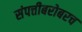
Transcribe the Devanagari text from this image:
संपत्तीबरोबरच